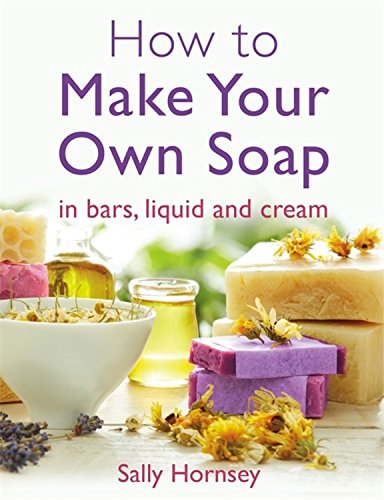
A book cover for How to Make Your Own Soap: In Bars, Liquid and Cream; Sally Hornsey; Crafts, Hobbies & Home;